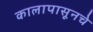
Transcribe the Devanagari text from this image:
कालापासूनचे